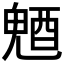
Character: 𨡛